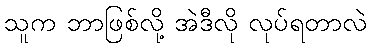
သူက ဘာဖြစ်လို့ အဲဒီလို လုပ်ရတာလဲ